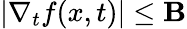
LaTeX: |\nabla_{t}f(x,t)|\leq\mathbf{B}